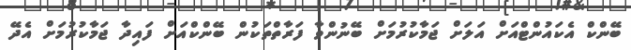
ބޭންކް އެކައުންޓްއަށް އަލަށް ޖަމާކުރުމަށް ބޭނުންވާ ފަރާތްތަކުން ބޭންކްއަށް ފައިދާ ޖަމާކުރުމަށް އެދޭ